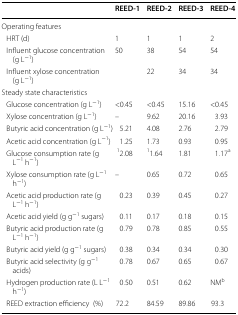
|  | REED-1 | REED-2 | REED-3 | REED-4 |
 | --- | --- | --- | --- | --- |
 | <COLSPAN=5> Operating features |
 | HRT (d) | 1 | 1 | 1 | 2 |
 | Influent glucose concentration (g L−1) | 50 | 38 | 54 | 54 |
 | Influent xylose concentration (g L−1) |  | 22 | 34 | 34 |
 | <COLSPAN=5> Steady state characteristics |
 | Glucose concentration (g L−1) | <0.45 | <0.45 | 15.16 | <0.45 |
 | Xylose concentration (g L−1) | – | 9.62 | 20.16 | 3.93 |
 | Butyric acid concentration (g L−1) | 5.21 | 4.08 | 2.76 | 2.79 |
 | Acetic acid concentration (g L−1) | 1.25 | 1.73 | 0.93 | 0.95 |
 | Glucose consumption rate (g L−1 h−1) | 12.08 | 11.64 | 1.81 | 1.17a |
 | Xylose consumption rate (g L−1 h−1) | – | 0.65 | 0.72 | 0.65 |
 | Acetic acid production rate (g L−1 h−1) | 0.23 | 0.39 | 0.45 | 0.27 |
 | Acetic acid yield (g g−1 sugars) | 0.11 | 0.17 | 0.18 | 0.15 |
 | Butyric acid production rate (g L−1 h−1) | 0.79 | 0.78 | 0.85 | 0.55 |
 | Butyric acid yield (g g−1 sugars) | 0.38 | 0.34 | 0.34 | 0.30 |
 | Butyric acid selectivity (g g−1 acids) | 0.78 | 0.67 | 0.65 | 0.67 |
 | Hydrogen production rate (L L−1 h−1) | 0.50 | 0.51 | 0.62 | NMb |
 | REED extraction efficiency(%) | 72.2 | 84.59 | 89.86 | 93.3 |